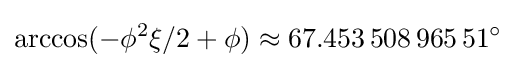
\arccos(-\phi ^{2}\xi /2+\phi )\approx 67.453\,508\,965\,51^{\circ }